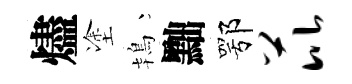
燼塗鴇黜鄂芘